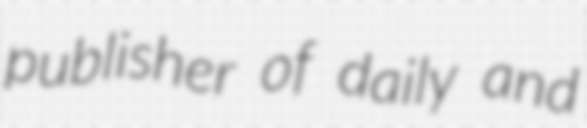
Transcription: publisher of daily and